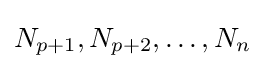
N_{p+1},N_{p+2},\dots ,N_{n}